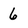
Character: 6